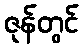
ဇုန်တွင်